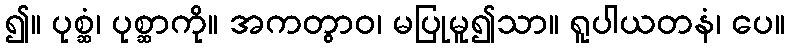
၍။ ပုစ္ဆံ၊ ပုစ္ဆာကို။ အကတွာဝ၊ မပြုမူ၍သာ။ ရူပါယတနံ၊ ပေ။